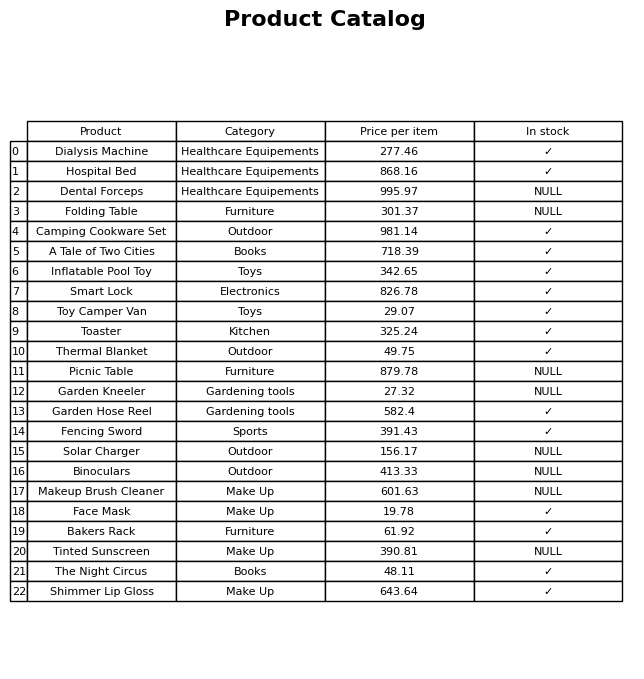
question: Is the Toaster in stock?
answer: ✓